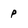
Character: p